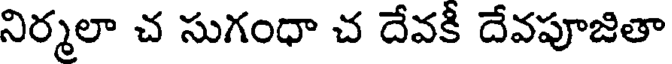
నిర్మలా చ సుగంధా చ దేవకీ దేవపూజితా